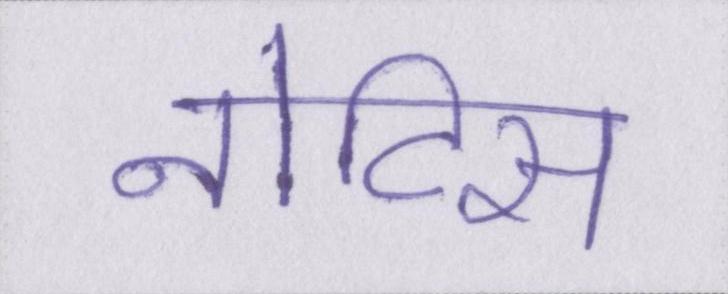
नोटिस